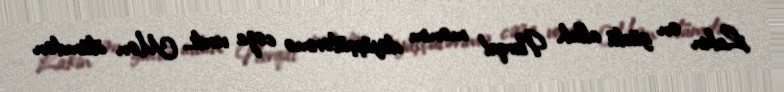
Lakin ən güclü allah Nerqal mənim döyüşçülərimə cəza verdi.. Mən ölümdən